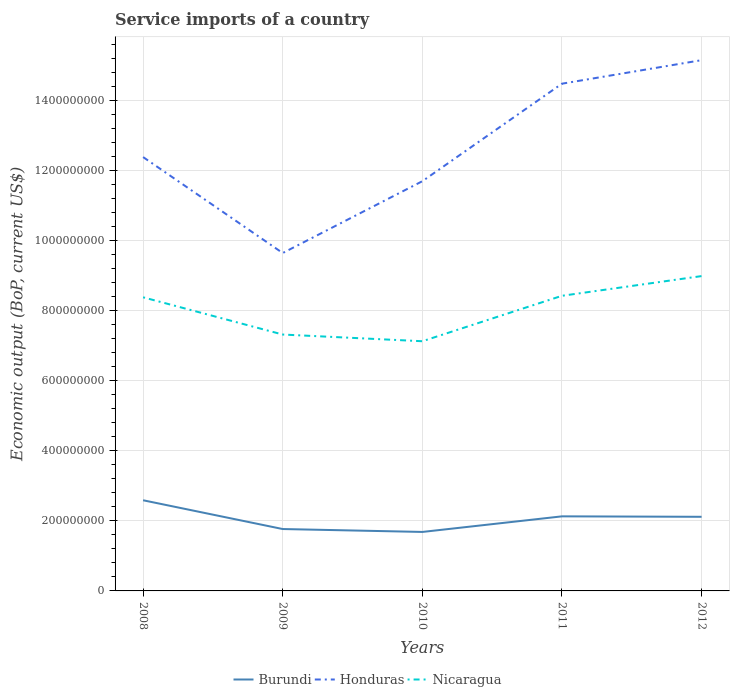
| Years | Burundi | Honduras | Nicaragua |
 | --- | --- | --- | --- |
 | 2008 | 2.59e+08 | 1.24e+09 | 8.38e+08 |
 | 2009 | 1.77e+08 | 9.64e+08 | 7.32e+08 |
 | 2010 | 1.68e+08 | 1.17e+09 | 7.13e+08 |
 | 2011 | 2.13e+08 | 1.45e+09 | 8.42e+08 |
 | 2012 | 2.12e+08 | 1.51e+09 | 8.99e+08 |